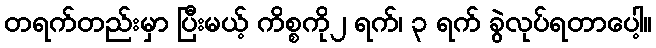
တရက်တည်းမှာ ပြီးမယ့် ကိစ္စကို၂ ရက်၊ ၃ ရက် ခွဲလုပ်ရတာပေါ့။